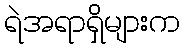
ရဲအရာရှိများက